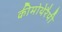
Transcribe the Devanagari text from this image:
कीमोथेरैपी